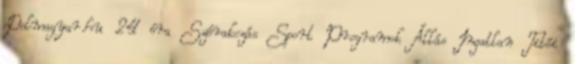
Delmagyar.hu 24 óra Szórakozás Sport Programok Állás Ingatlan Titói